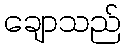
ချောသည်